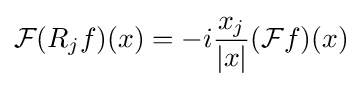
{\mathcal {F}}(R_{j}f)(x)=-i{\frac {x_{j}}{|x|}}({\mathcal {F}}f)(x)